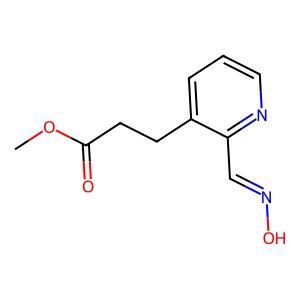
SMILES: COC(=O)CCc1cccnc1C=NO
Inhibits HIV replication: No